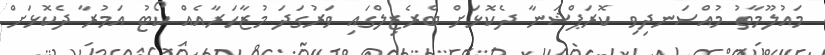
މައުލޫމާތު މުއްސަނދިވި ކޮރަޕްޝަނާ ދެކޮޅަށް ބްރެޒިލްގައި ވަރުގަދަ މުޒާހަރާއެއް ކޯޓު އަމުރާ ދެކޮޅަށް